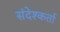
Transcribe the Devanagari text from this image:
संदेश्कर्ता